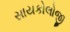
સાયકોલોજી